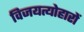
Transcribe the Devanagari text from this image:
विजयत्योहारों